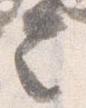
言